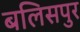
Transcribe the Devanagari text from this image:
बलिसपुर